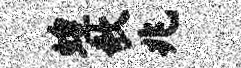
蝗欹兆